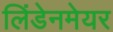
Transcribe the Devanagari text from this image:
लिंडेनमेयर